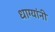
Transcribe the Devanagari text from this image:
धाग्‍यांनी